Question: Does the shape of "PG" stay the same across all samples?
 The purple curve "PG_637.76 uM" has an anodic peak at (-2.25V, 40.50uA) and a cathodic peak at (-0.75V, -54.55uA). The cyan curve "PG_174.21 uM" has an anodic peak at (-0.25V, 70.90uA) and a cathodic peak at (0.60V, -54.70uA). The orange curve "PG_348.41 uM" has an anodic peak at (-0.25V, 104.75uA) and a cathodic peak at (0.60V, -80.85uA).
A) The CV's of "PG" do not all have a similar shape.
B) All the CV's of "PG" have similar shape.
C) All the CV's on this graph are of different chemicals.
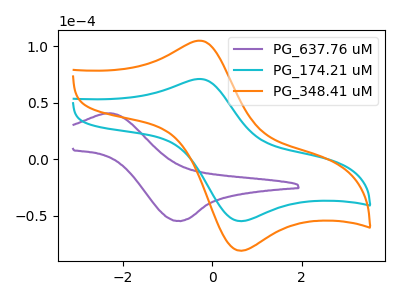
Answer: <think>"PG_637.76 uM" and "PG_174.21 uM" have at least one peak that do not match. "PG_637.76 uM" and "PG_348.41 uM" have at least one peak that do not match. All the peaks in "PG_174.21 uM" have a peak in "PG_348.41 uM" at the same potential. Every peak in "PG_174.21 uM" is lower than every peak in "PG_348.41 uM".
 </think>
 <answer>B) All the CV's of "PG" have similar shape.</answer>
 <eval>B</eval>